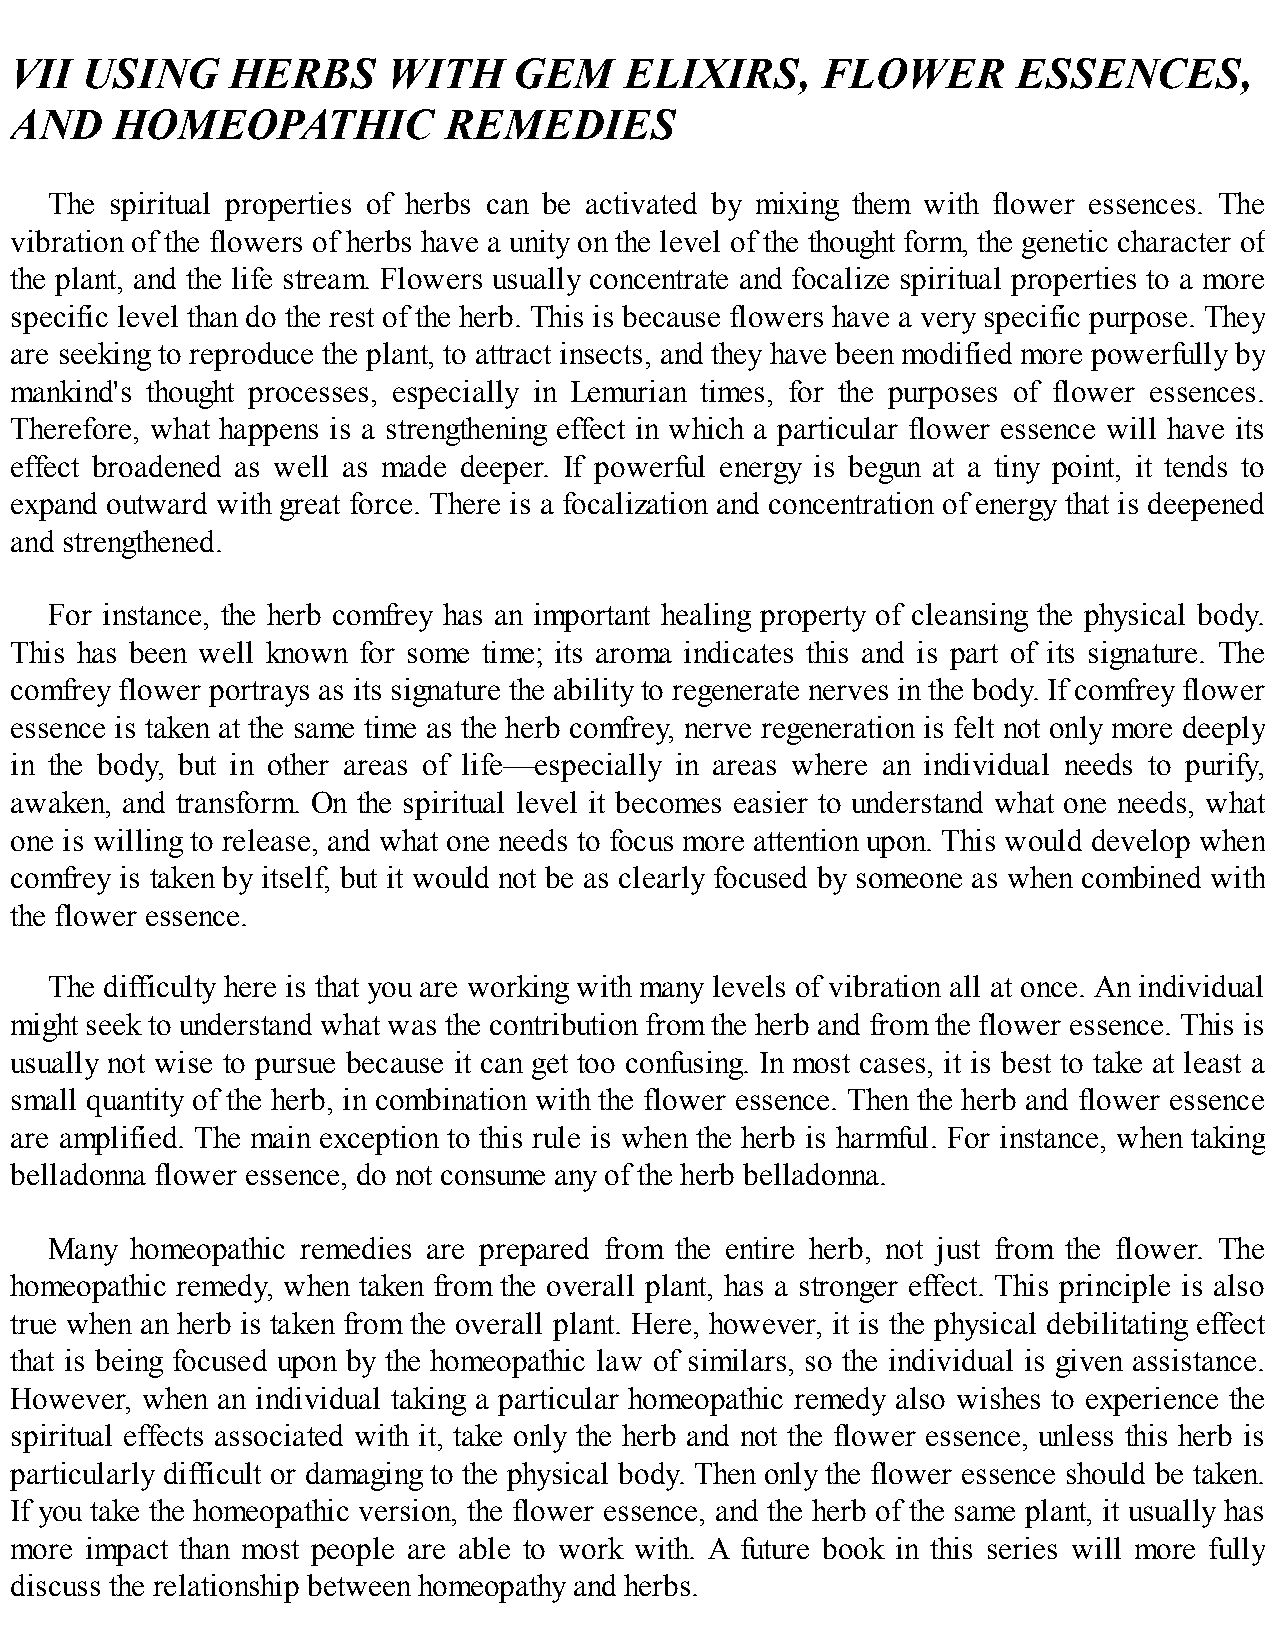
VII USING     HERBS      WITH    GEM    ELIXIRS,     FLOWER       ESSENCES,
 AND    HOMEOPATHIC          REMEDIES
 The spiritual properties of herbs can be activated by mixing them with flower essences. The
 vibration of the flowers of herbs have a unity on the level of the thought form, the genetic character of
 the plant, and the life stream. Flowers usually concentrate and focalize spiritual properties to a more
 specific level than do the rest of the herb. This is because flowers have a very specific purpose. They
 are seeking to reproduce the plant, to attract insects, and they have been modified more powerfully by
 mankind's thought processes, especially in Lemurian times, for the purposes of flower essences.
 Therefore, what happens is a strengthening effect in which a particular flower essence will have its
 effect broadened as well as made deeper. If powerful energy is begun at a tiny point, it tends to
 expand outward with great force. There is a focalization and concentration of energy that is deepened
 and strengthened.
 For instance, the herb comfrey has an important healing property of cleansing the physical body.
 This has been well known for some time; its aroma indicates this and is part of its signature. The
 comfrey flower portrays as its signature the ability to regenerate nerves in the body. If comfrey flower
 essence is taken at the same time as the herb comfrey, nerve regeneration is felt not only more deeply
 in the body, but in other areas of life—especially in areas where an individual needs to purify,
 awaken, and transform. On the spiritual level it becomes easier to understand what one needs, what
 one is willing to release, and what one needs to focus more attention upon. This would develop when
 comfrey is taken by itself, but it would not be as clearly focused by someone as when combined with
 the flower essence.
 The difficulty here is that you are working with many levels of vibration all at once. An individual
 might seek to understand what was the contribution from the herb and from the flower essence. This is
 usually not wise to pursue because it can get too confusing. In most cases, it is best to take at least a
 small quantity of the herb, in combination with the flower essence. Then the herb and flower essence
 are amplified. The main exception to this rule is when the herb is harmful. For instance, when taking
 belladonna flower essence, do not consume any of the herb belladonna.
 Many  homeopathic remedies are prepared from the entire herb, not just from the flower. The
 homeopathic remedy, when taken from the overall plant, has a stronger effect. This principle is also
 true when an herb is taken from the overall plant. Here, however, it is the physical debilitating effect
 that is being focused upon by the homeopathic law of similars, so the individual is given assistance.
 However, when an individual taking a particular homeopathic remedy also wishes to experience the
 spiritual effects associated with it, take only the herb and not the flower essence, unless this herb is
 particularly difficult or damaging to the physical body. Then only the flower essence should be taken.
 If you take the homeopathic version, the flower essence, and the herb of the same plant, it usually has
 more impact than most people are able to work with. A future book in this series will more fully
 discuss the relationship between homeopathy and herbs.